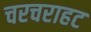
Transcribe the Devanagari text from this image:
चरचराहट